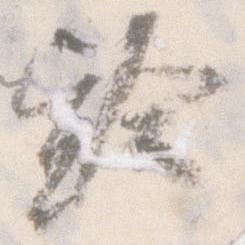
齢